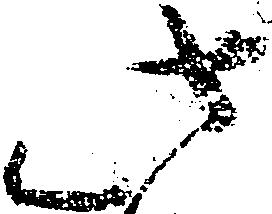
此